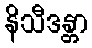
နိသီဒန္တာ